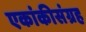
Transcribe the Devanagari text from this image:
एकांकीसंग्रह